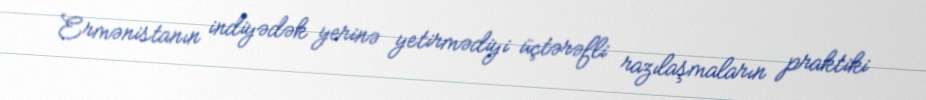
Ermənistanın indiyədək yerinə yetirmədiyi üçtərəfli razılaşmaların praktiki